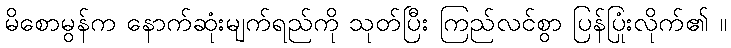
မိစောမွန်က နောက်ဆုံးမျက်ရည်ကို သုတ်ပြီး ကြည်လင်စွာ ပြန်ပြုံးလိုက်၏ ။